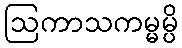
ဩကာသကမ္မမ္ပိ